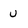
Character: u